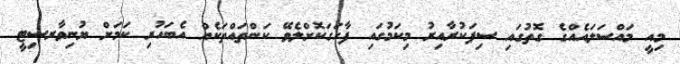
މިއީ މައްސަލައެއްގެ ގޮތުގައި ސިފަކުރާއިރު މިކަމުގައި ފާހަގަކޮށްލެވޭ ކަންތައްތަކެއް އެބަހުރި ކަމަށް ޔުނިވާރސިޓީ